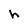
Character: h